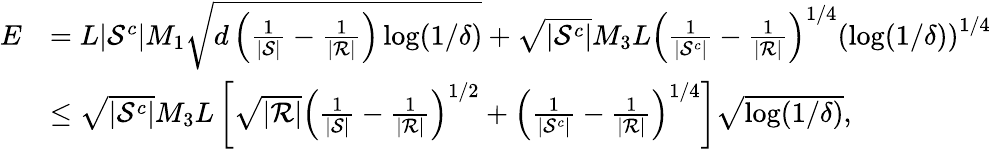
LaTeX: \begin{array}{rl}{E}&{=L|\mathcal{S}^{c}|M_{1}\sqrt{d\left(\frac{1}{|\mathcal{S}|}-\frac{1}{|\mathcal{R}|}\right)\log(1/\delta)}+\sqrt{|\mathcal{S}^{c}|}M_{3}L\left(\frac{1}{|\mathcal{S}^{c}|}-\frac{1}{|\mathcal{R}|}\right)^{1/4}\left(\log(1/\delta)\right)^{1/4}}\\ &{\leq\sqrt{|\mathcal{S}^{c}|}M_{3}L\left[\sqrt{|\mathcal{R}|}\left(\frac{1}{|\mathcal{S}|}-\frac{1}{|\mathcal{R}|}\right)^{1/2}+\left(\frac{1}{|\mathcal{S}^{c}|}-\frac{1}{|\mathcal{R}|}\right)^{1/4}\right]\sqrt{\log(1/\delta)},}\end{array}